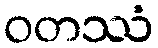
ဝတဿံ